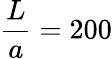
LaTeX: \frac{L}{a}=200